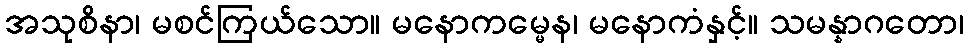
အသုစိနာ၊ မစင်ကြယ်သော။ မနောကမ္မေန၊ မနောကံနှင့်။ သမန္နာဂတော၊